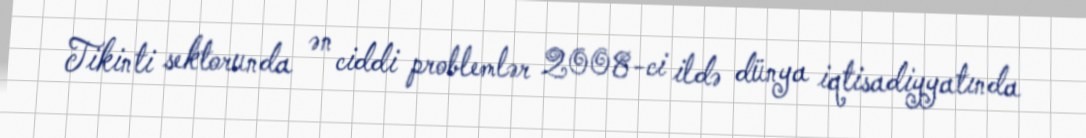
Tikinti sektorunda ən ciddi problemlər 2008-ci ildə dünya iqtisadiyyatında